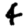
Digit: 4